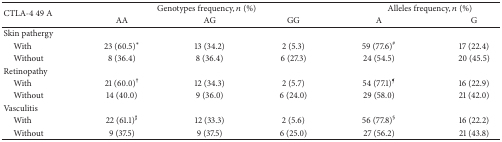
| <ROWSPAN=2> CTLA-4 49 A | <COLSPAN=3> Genotypes frequency, n (%) | <COLSPAN=2> Alleles frequency, n (%) |
 | AA | AG | GG | A | G |
 | --- | --- | --- | --- | --- | --- |
 | Skin pathergy |  |  |  |  |  |
 | With | 23 (60.5)* | 13 (34.2) | 2 (5.3) | 59 (77.6)# | 17 (22.4) |
 | Without | 8 (36.4) | 8 (36.4) | 6 (27.3) | 24 (54.5) | 20 (45.5) |
 | Retinopathy |  |  |  |  |  |
 | With | 21 (60.0)† | 12 (34.3) | 2 (5.7) | 54 (77.1)¶ | 16 (22.9) |
 | Without | 14 (40.0) | 9 (36.0) | 6 (24.0) | 29 (58.0) | 21 (42.0) |
 | Vasculitis |  |  |  |  |  |
 | With | 22 (61.1)♯ | 12 (33.3) | 2 (5.6) | 56 (77.8)§ | 16 (22.2) |
 | Without | 9 (37.5) | 9 (37.5) | 6 (25.0) | 27 (56.2) | 21 (43.8) |